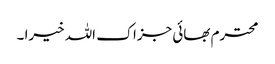
محترم بھائی جزاک اللہ خیرا ۔